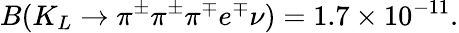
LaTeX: B(K_{L}\rightarrow\pi^{\pm}\pi^{\pm}\pi^{\mp}e^{\mp}\nu)=1.7\times 10^{-11}.